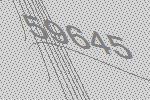
59645